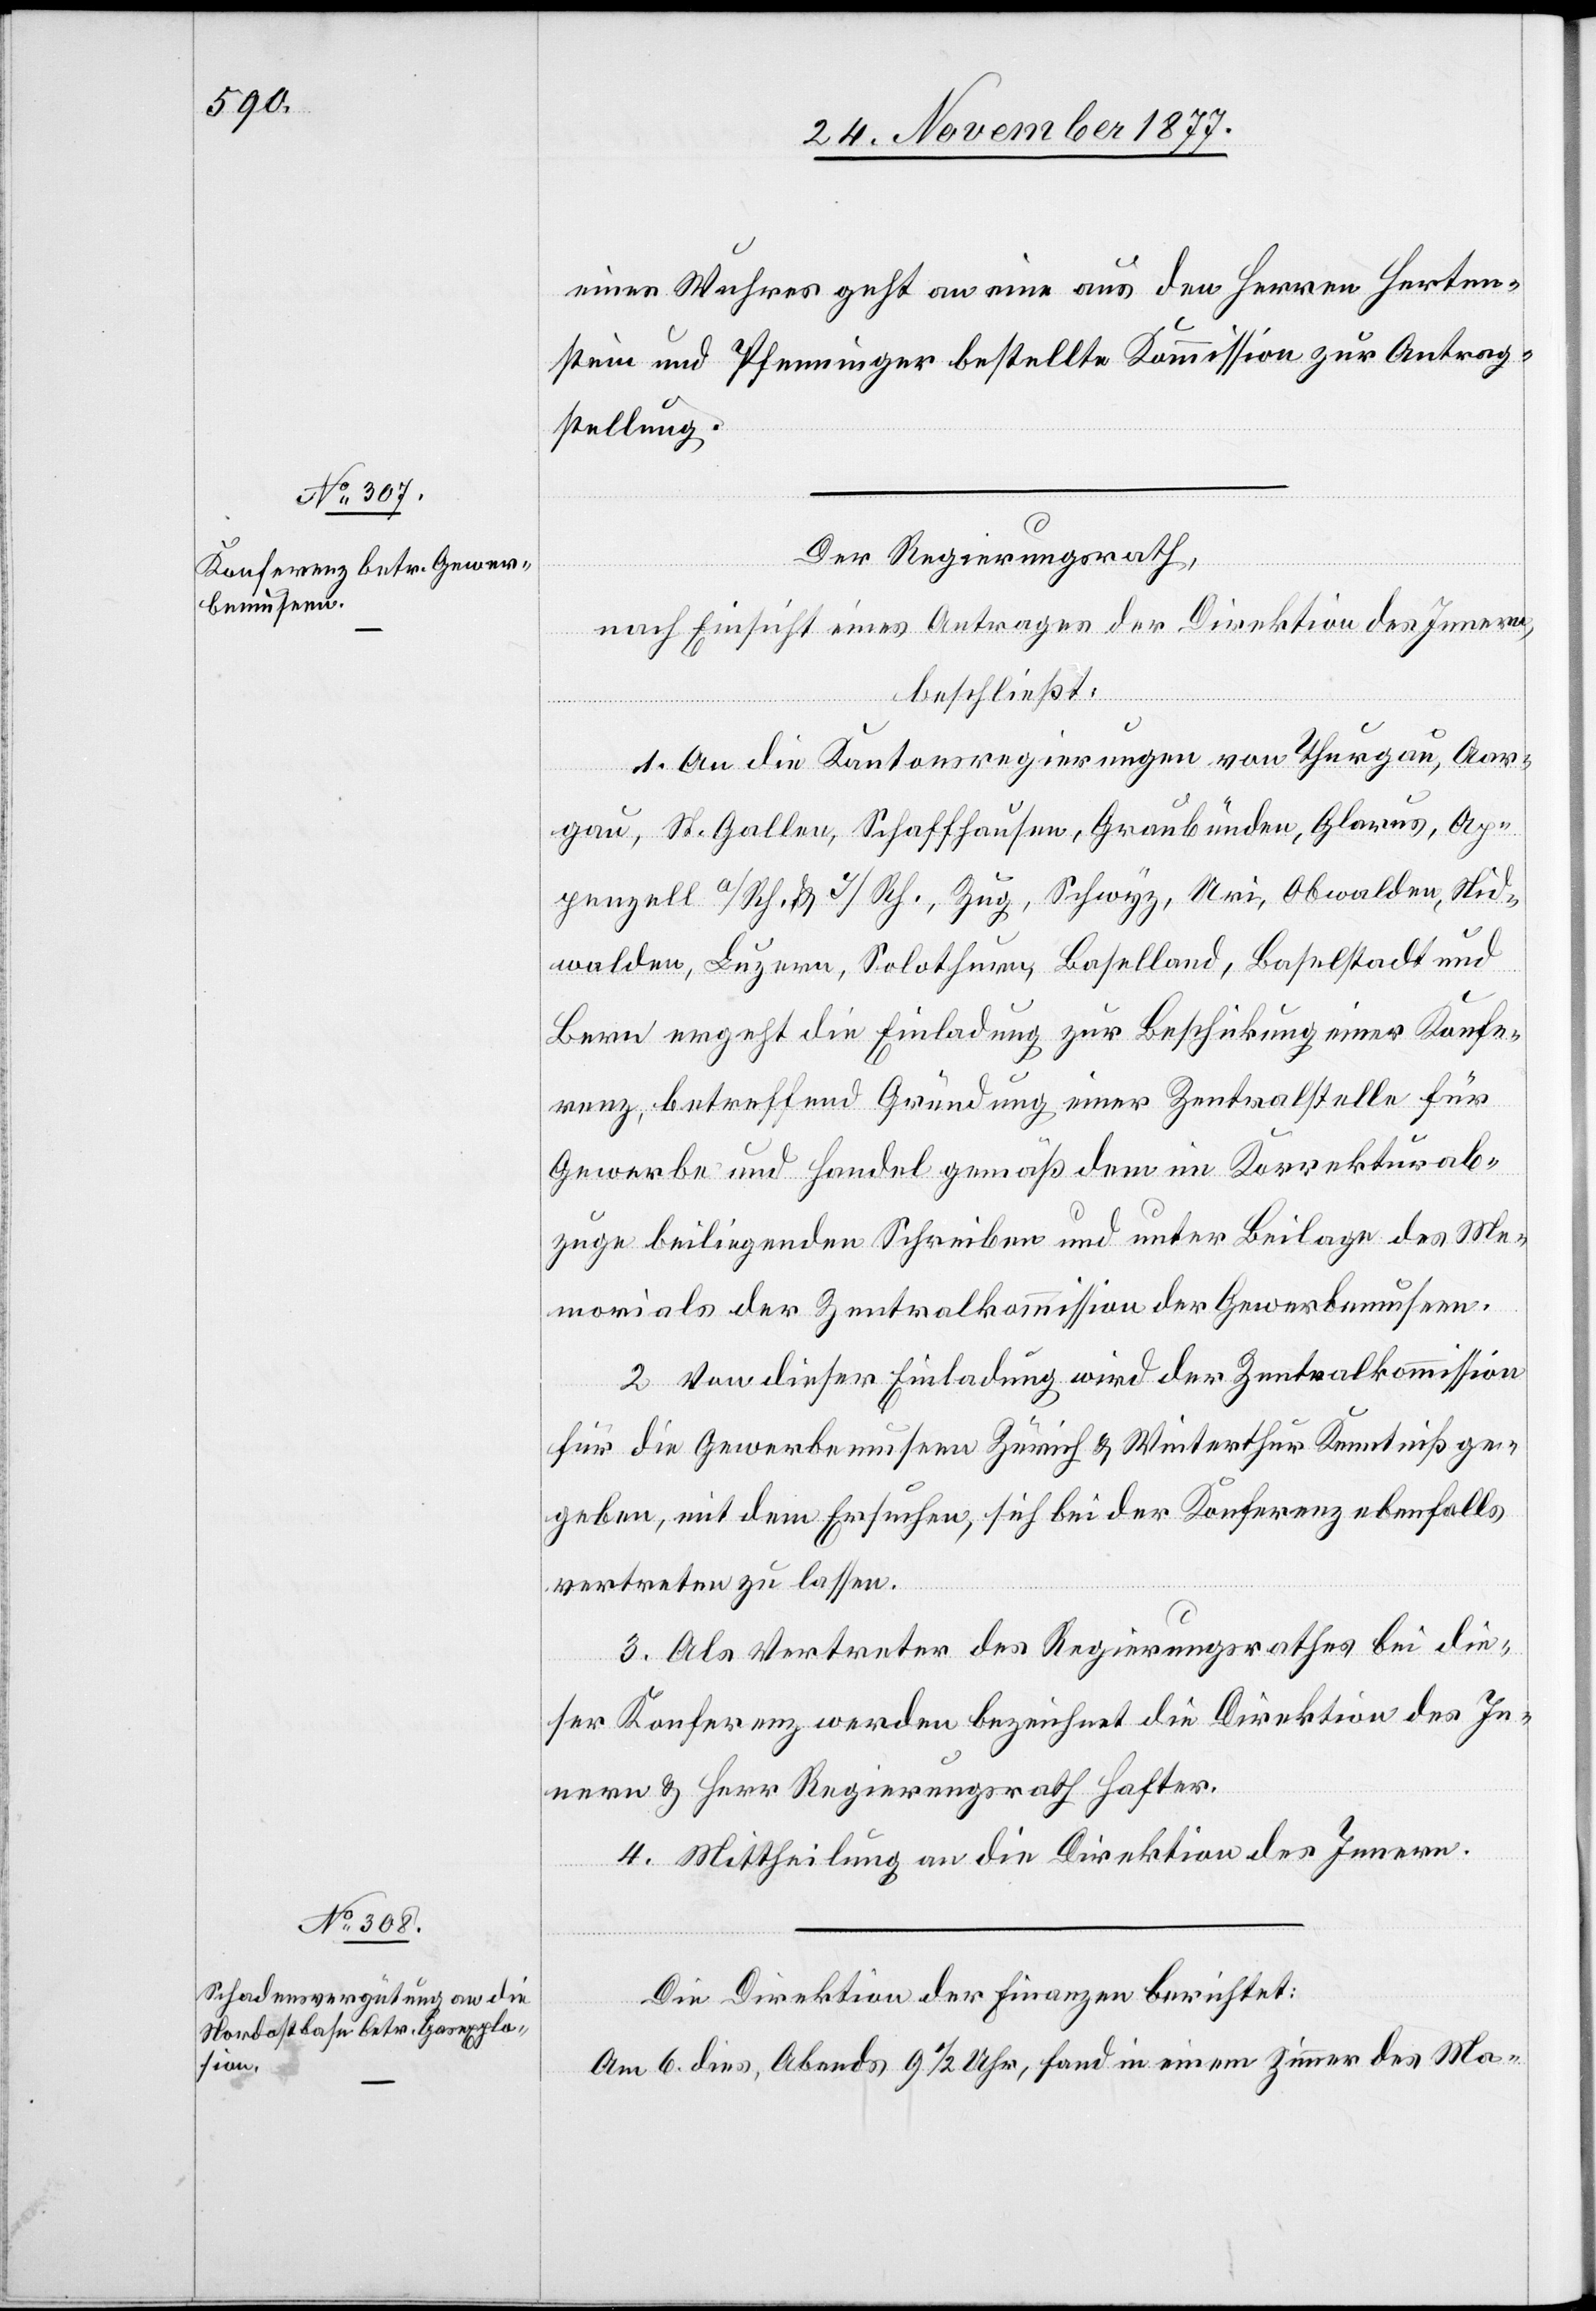
eines Wuhres geht an eine aus den Herren Herten¬
stein und Pfenninger bestellte Kommission zur Antrag¬
stellung.
Der Regierungsrath,
nach Einsicht eines Antrages der Direktion des Innern,
beschließt:
1. An die Kantonsregierungen von Thurgau, Aar¬
gau, St. Gallen, Schaffhausen, Graubünden, Glarus, Ap¬
penzell A/Rh. & I/Rh., Zug, Schwyz, Uri, Obwalden, Nid¬
walden, Luzern, Solothurn, Baselland, Baselstadt und
Bern ergeht die Einladung zur Beschickung einer Konfe¬
renz, betreffend Gründung einer Zentralstelle für
Gewerbe und Handel gemäß dem im Korrekturab¬
zuge beiliegenden Schreiben und unter Beilage des Me¬
morials der Zentralkommission der Gewerbemuseen.
2. Von dieser Einladung wird der Zentralkommission
für die Gewerbemuseen Zürich & Winterthur Kenntniß ge¬
geben, mit dem Ersuchen, sich bei der Konferenz ebenfalls
vertreten zu lassen.
3. Als Vertreter des Regierungsrathes bei die¬
ser Konferenz werden bezeichnet die Direktion des In¬
nern & Herr Regierungsrath Hafter.
4. Mittheilung an die Direktion des Innern.
Die Direktion der Finanzen berichtet:
Am 6. dies, Abends 9 1/2 Uhr, fand in einem Zimmer des Ma-